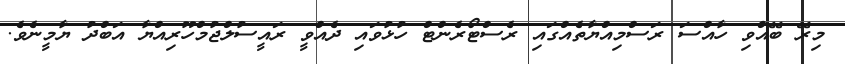
މިރޭ ބޭއްވި ހާއްސަ ރަސްމިއްޔާތެއްގައި ރެސްޓޯރެންޓް ހުޅުވައި ދެއްވީ ރައީސުލްޖުމްހޫރިއްޔާ އަބްދު ޔާމީނެވެ.